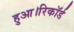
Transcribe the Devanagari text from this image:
हुआ।रिकॉर्ड